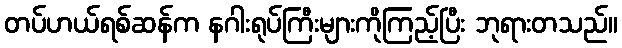
တပ်ဟယ်ရစ်ဆန်က နဂါးရုပ်ကြီးများကိုကြည့်ပြီး ဘုရားတသည်။